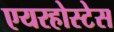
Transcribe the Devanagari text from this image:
एयरहोस्टेस